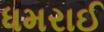
ધમરાઈ